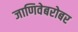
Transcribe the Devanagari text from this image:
जाणिवेबरोबर